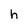
Character: h